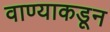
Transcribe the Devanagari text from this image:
वाण्याकडून